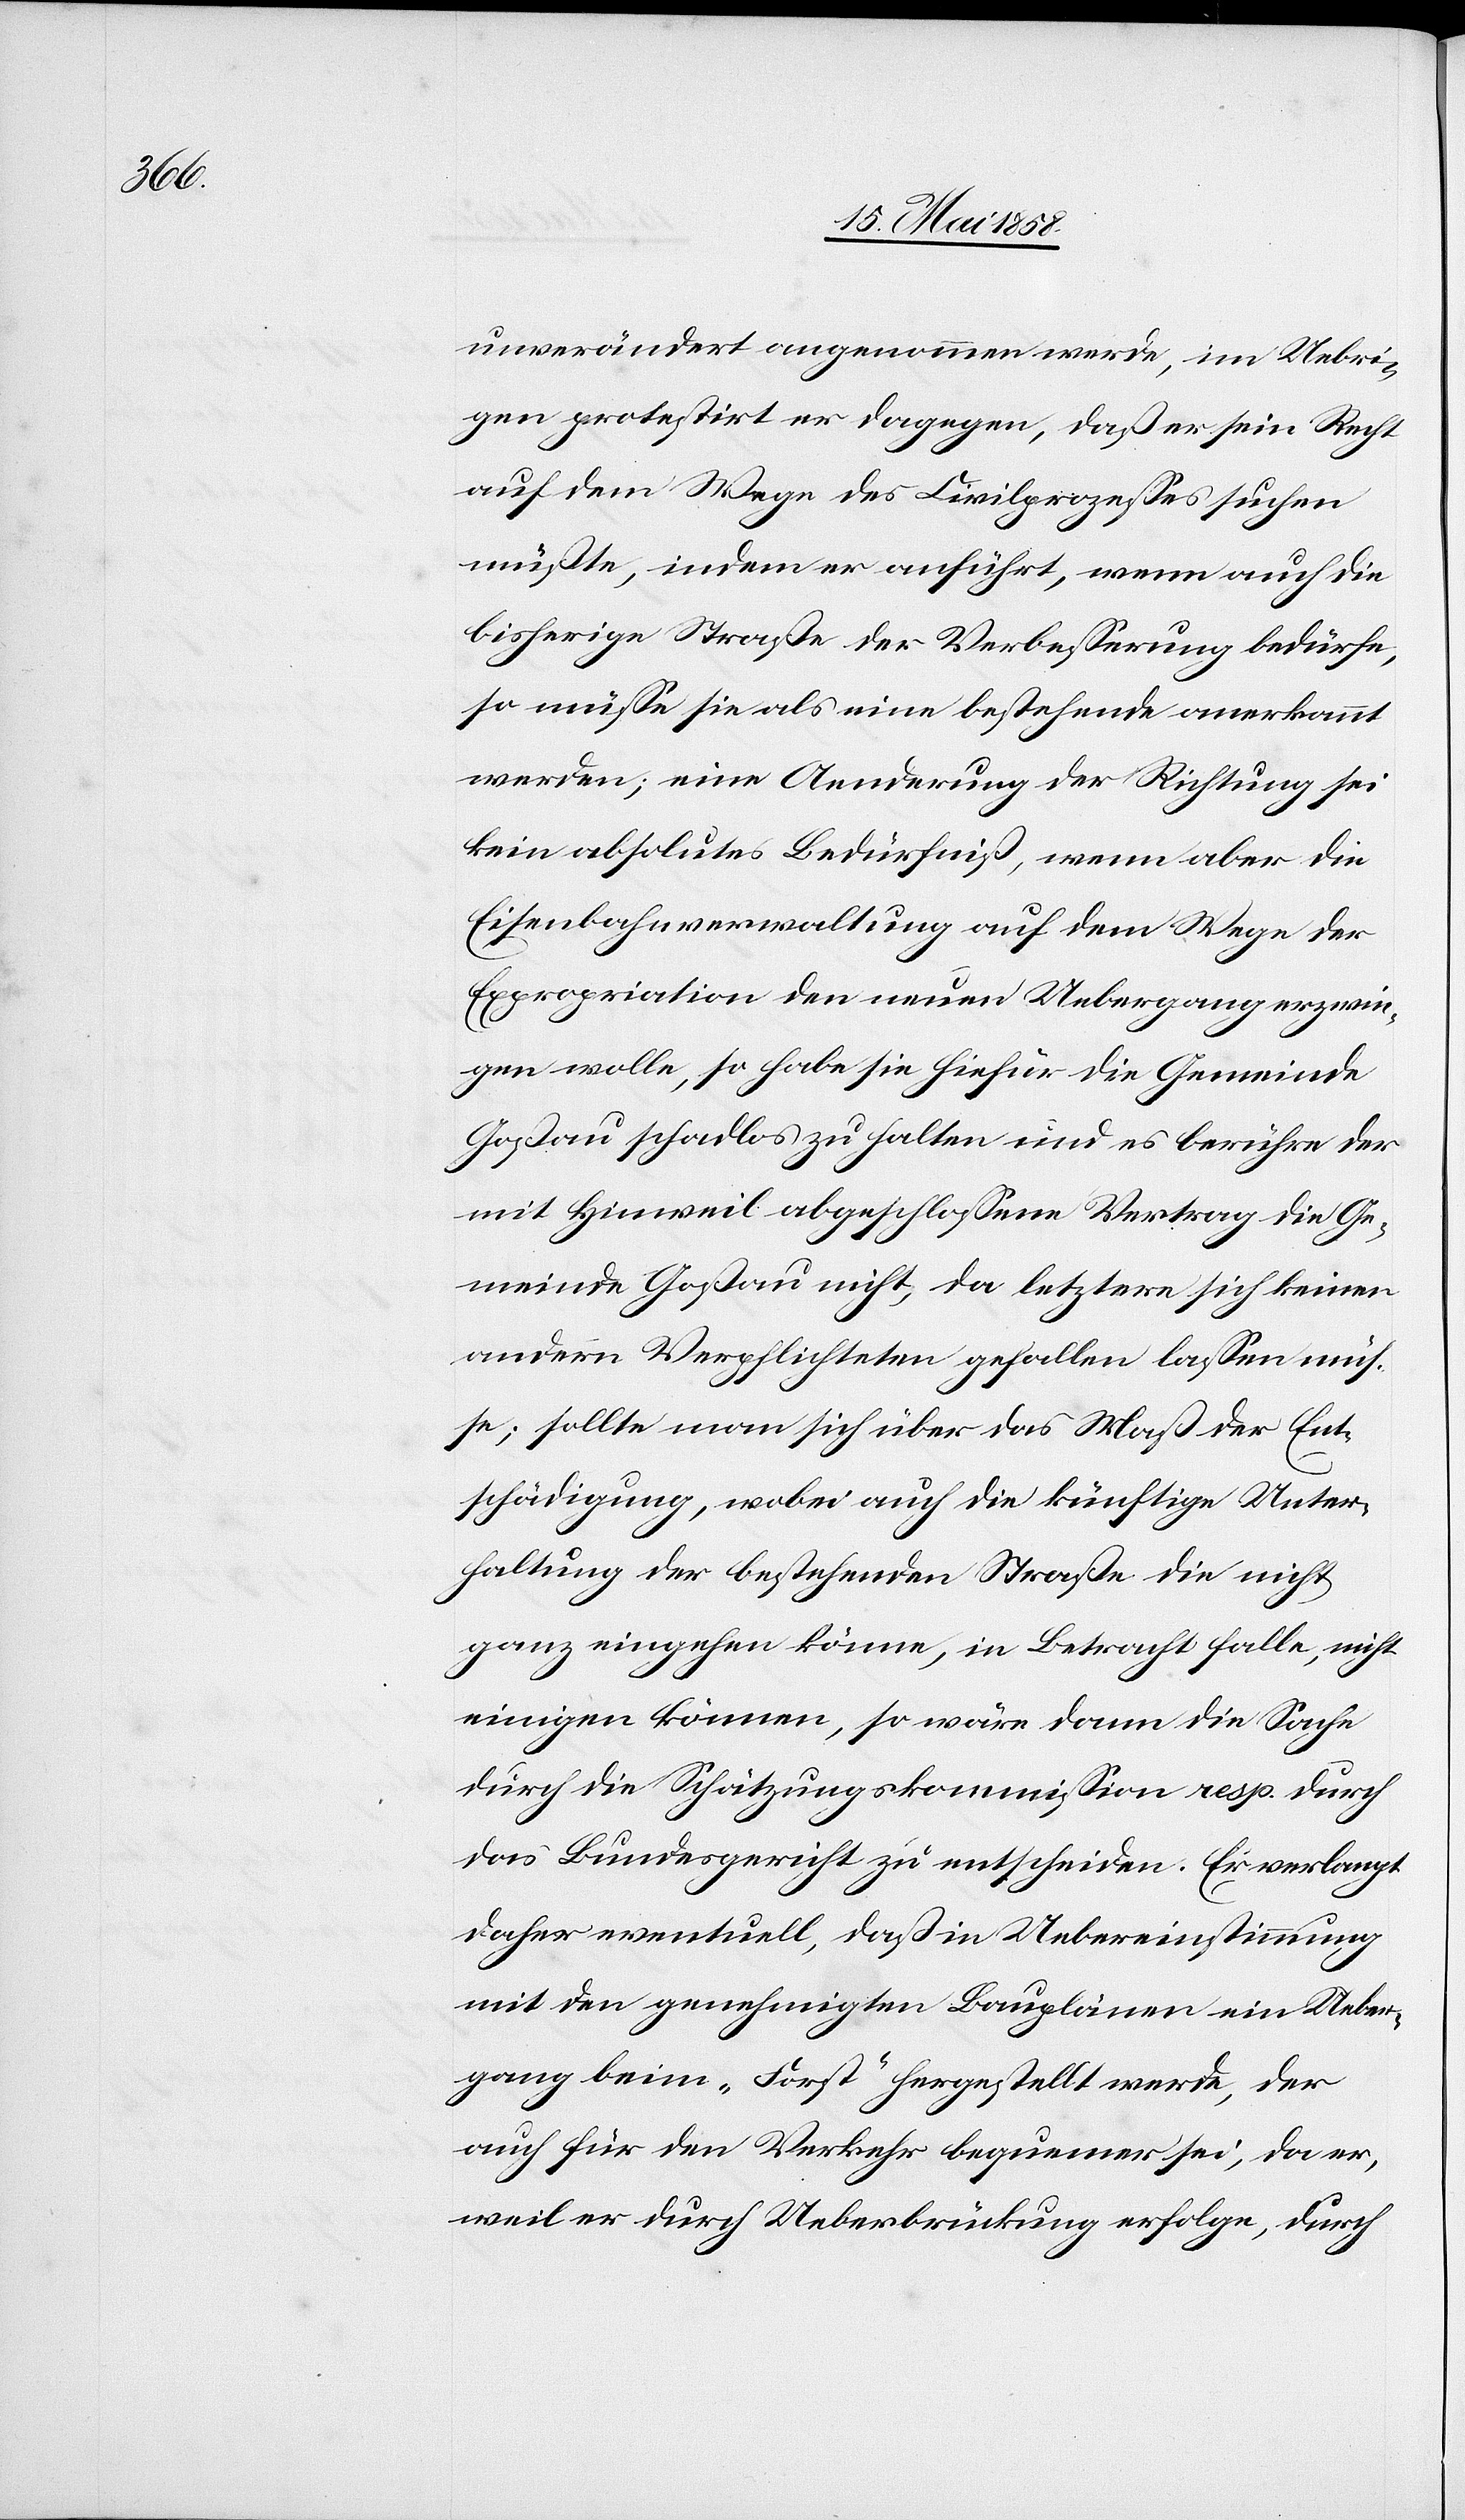
unverändert angenommen werde, im Uebri¬
gen protestirt er dagegen, daß er sein Recht
auf dem Wege des Civilprozesses suchen
müßte, indem er anführt, wenn auch die
bisherige Straße der Verbesserung bedürfe,
so müsse sie als eine bestehende anerkannt
werden; eine Aenderung der Richtung sei
kein absolutes Bedürfniß, wenn aber die
Eisenbahnverwaltung auf dem Wege der
Expropriation den neuen Uebergang erzwin¬
gen wolle, so habe sie hiefür die Gemeinde
Goßau schadlos zu halten und es berühre der
mit Hinweil abgeschlossene Vertrag die Ge¬
meinde Goßau nicht, da letztere sich keinen
andern Verpflichteten gefallen lassen müs¬
se; sollte man sich über das Maß der Ent¬
schädigung, wobei auch die künftige Unter¬
haltung der bestehenden Straße die nicht
ganz eingehen könne, in Betracht falle, nicht
einigen können, so wäre dann die Sache
durch die Schätzungskommission resp. durch
das Bundesgericht zu entscheiden. Es verlangt
daher eventuell, daß in Uebereinstimmung
mit den genehmigten Bauplänen ein Ueber¬
gang beim „Forst“ hergestellt werde, der
auch für den Verkehr bequemer sei, da er,
weil er durch Ueberbrückung erfolge, durch